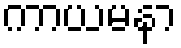
ကာယမနာ